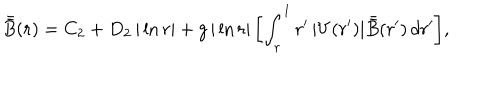
\bar { \mskip - 3 m u \bar { B } } ( r ) = C _ { 2 } + D _ { 2 } \, | \ln r | + g \, | \ln r | \, \biggl [ \int _ { r } ^ { 1 } r ^ { \prime } \, | V ( r ^ { \prime } ) | \, \bar { \mskip - 3 m u \bar { B } } ( r ^ { \prime } ) \, d r ^ { \prime } \biggr ] ,